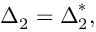
{ { \boldsymbol { \Delta } } _ { 2 } } = { \boldsymbol { \Delta } } _ { 2 } ^ { * } ,